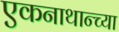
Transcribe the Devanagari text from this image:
एकनाथान्च्या